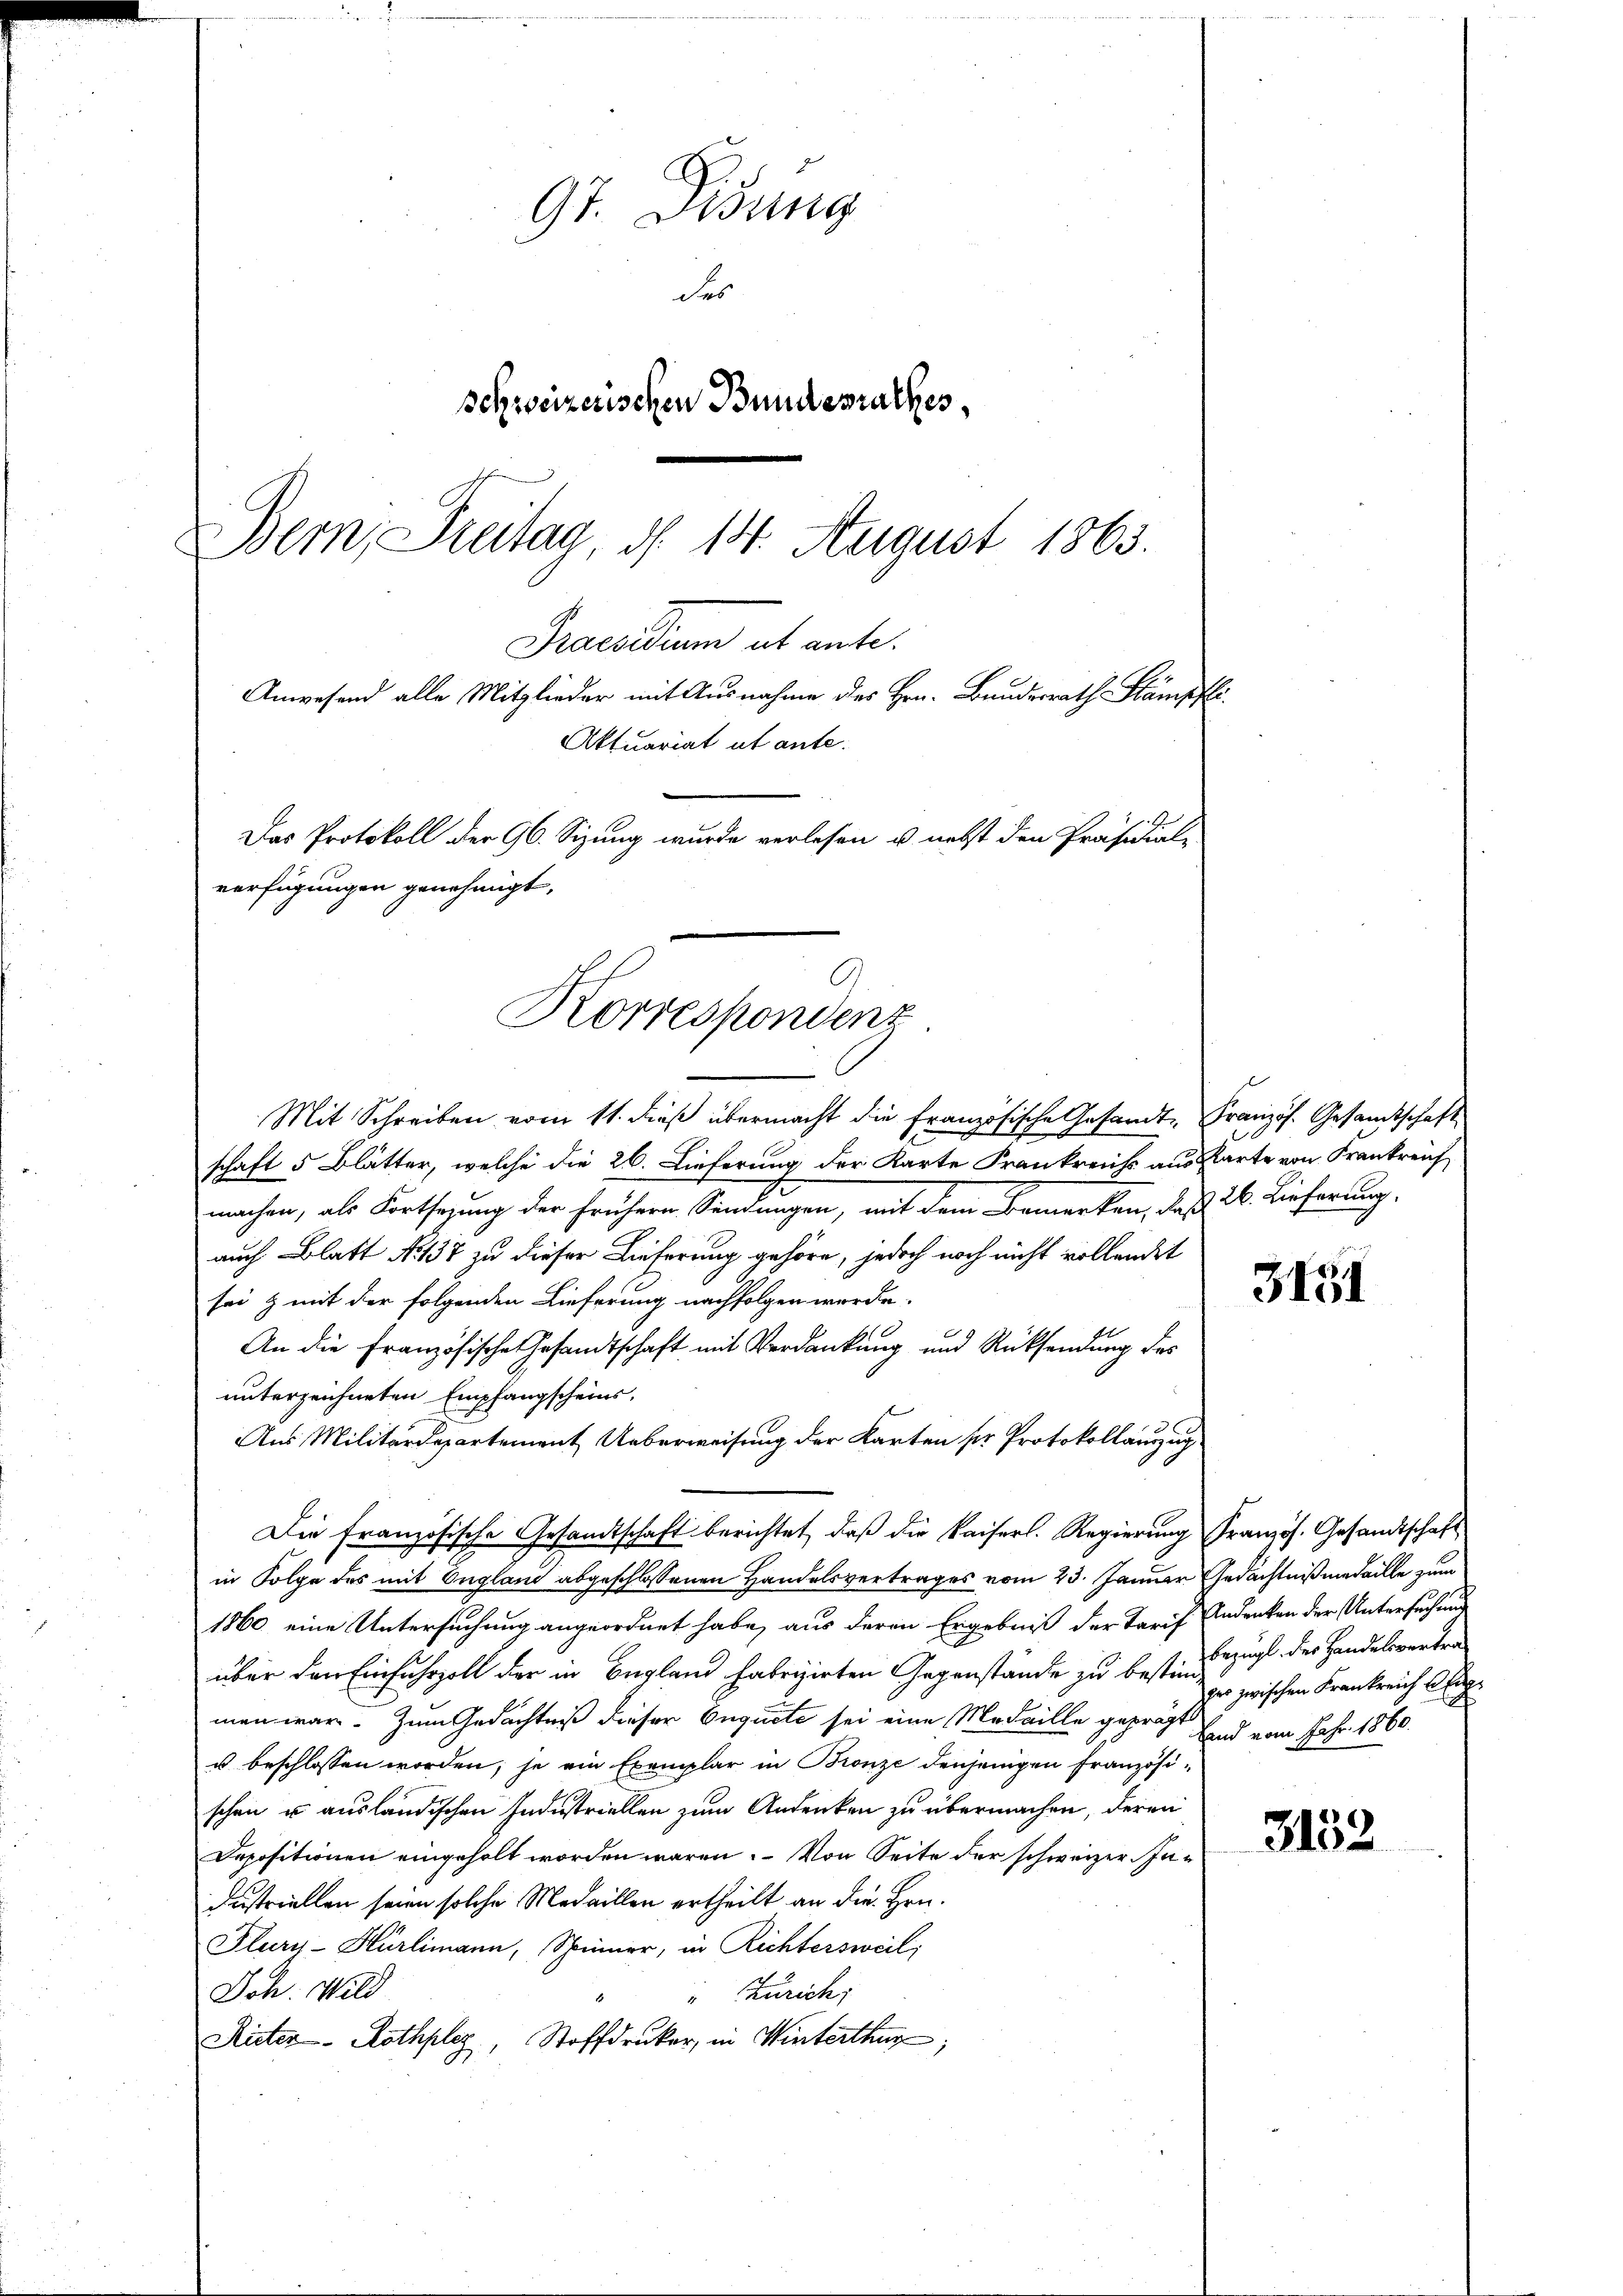
97. Disung
des
schweizerischen Bundesrathes,
Bern, Freitag, d. 14. August 1863.

Praesidium ab ante.
Anwesend alle Mitglieder mit Ausnahme des Hrn. Bundesrath Stämpfli
Aktuariat ut ante.
Das Protokoll der 96. Sizung wurde verlesen u. nebst den Präsidial-
verfügungen genehmigt,
Korrespondenz

Mit Schreiben vom 11. dieß übermacht die Französische Gesandt, Französ. Gesandtschaft
schaft 5 Blätter, welche die 26. Lieferung der Karte Frankreiss aus Karte von Frankreich
machen, als Fortsetzung der frühern Sendungen, mit dem Bemerken, daß 26. Lieferung
auch Blatt No. 137 zu dieser Lieferung gehöre, jedoch noch nicht vollendet
sei & mit der folgenden Lieferung nachfolgen wurde.
An die Französische Gesandtschaft mit Verdankung und Rücksendung des
unterzeichneten Empfangscheins,
Aus Militärdepartement Ueberweisung der Karten sie Protokollauszug
Die französische Gesandtschaft berichtet, daß die Kaiserl. Regierung Französ. Gesandtschaft
in Folge des mit England abgeschlossenen Handelsvertrages vom 23. Januar Gedächtnismedaille zum
1860 eine Untersuchung angeordnet habe, aus deren Ergebniß der Tarif Andenken der Untersuchung
über den Einfuhrzoll der in Begland fabrizirten Gegenstände zu bestin bezügl. der Handelsvertre
men war. Zum Gedächtniß dieser Enquete sei eine Medaille geprägt und vom Jahr 1860.
u beschlossen worden; se ein Exemplar in Bronze denjenigen Französischen u ausländischen Industriellen zum Andenken zu übermachen, deren
Depositionen eingeholt worden wären. Von Seite der schweizer Industriellen seien solche Medaillen ertheilt an die Hrn.
Fluri-Hürlimann, Schinner, in Richtersweil;
Ich. Wild
" Zürich,
Rieter Rothplaz, Stoffdruker, in Winterthur;

ges zwischen Frankreich sag

3151

3152